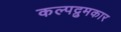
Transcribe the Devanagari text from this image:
कल्पद्रुमकार